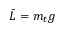
\bar { L } = m _ { t } g